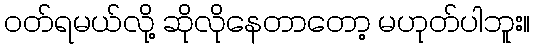
ဝတ်ရမယ်လို့ ဆိုလိုနေတာတော့ မဟုတ်ပါဘူး။